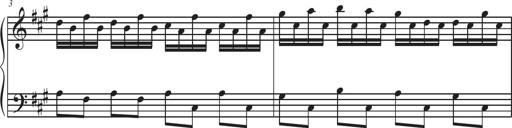
Title: Sonatina Espania
Composer: Jerald Franklin Archer
Key: Various